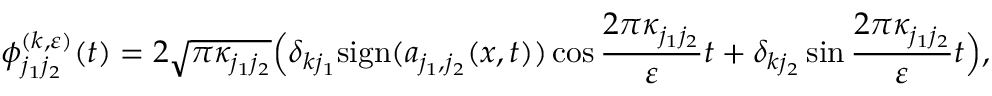
\phi _ { j _ { 1 } j _ { 2 } } ^ { ( k , \varepsilon ) } ( t ) = 2 \sqrt { \pi \kappa _ { j _ { 1 } j _ { 2 } } } \Big ( \delta _ { k j _ { 1 } } \mathrm { s i g n } ( a _ { j _ { 1 } , j _ { 2 } } ( x , t ) ) \cos { \frac { 2 \pi \kappa _ { j _ { 1 } j _ { 2 } } } { \varepsilon } } t + \delta _ { k j _ { 2 } } \sin { \frac { 2 \pi \kappa _ { j _ { 1 } j _ { 2 } } } { \varepsilon } } t \Big ) ,